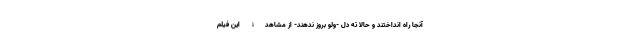
آنجا راه انداختند و حالا ته دل -ولو بروز ندهند- از مشاهدۀ این فیلم